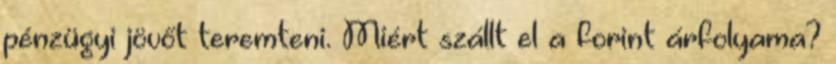
pénzügyi jövőt teremteni. Miért szállt el a forint árfolyama?